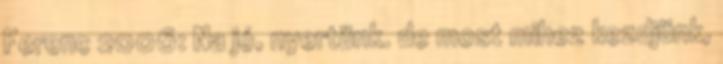
Ferenc 2006: Na jó, nyertünk. de most mihez kezdjünk,